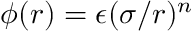
\phi ( r ) = \epsilon ( \sigma / r ) ^ { n }